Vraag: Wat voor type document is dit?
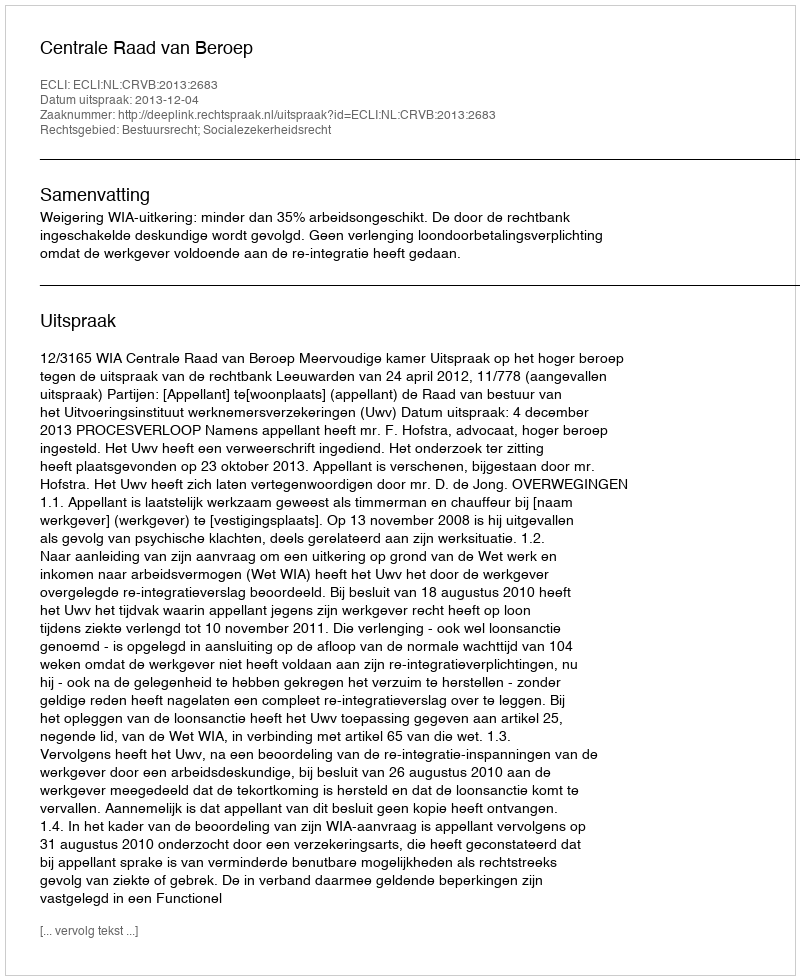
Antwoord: Uitspraak